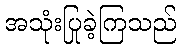
အသုံးပြုခဲ့ကြသည်